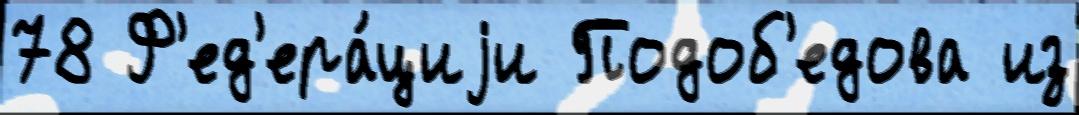
78 Ф'ед'ера́циjи Подоб'едова из